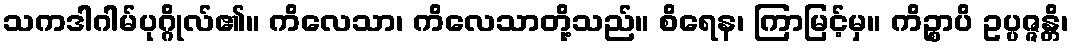
သကဒါဂါမ်ပုဂ္ဂိုလ်၏။ ကိလေသာ၊ ကိလေသာတို့သည်။ စိရေန၊ ကြာမြင့်မှ။ ကိဉ္စာပိ ဥပ္ပဇ္ဇန္တိ၊